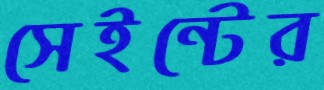
সেইন্টের